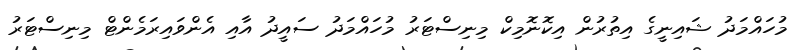
މުހައްމަދު ޝައިނީގެ އިތުރުން އިކޮނޮމިކް މިނިސްޓަރު މުހައްމަދު ސައީދު އާއި އެންވައިރަމެންޓް މިނިސްޓަރު